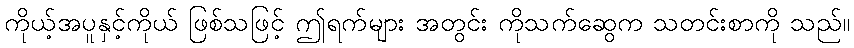
ကိုယ့်အပူနှင့်ကိုယ် ဖြစ်သဖြင့် ဤရက်များ အတွင်း ကိုသက်ဆွေက သတင်းစာကို သည်။